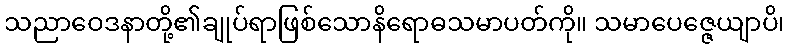
သညာဝေဒနာတို့၏ချုပ်ရာဖြစ်သောနိရောဓသမာပတ်ကို။ သမာပေဇ္ဇေယျာပိ၊